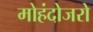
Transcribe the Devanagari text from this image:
मोहंदोजरो